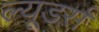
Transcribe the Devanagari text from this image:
ल्यूडर्स